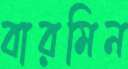
বারমিন